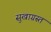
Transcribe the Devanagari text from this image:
सुखाग्रस्‍त